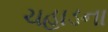
ચહાડના